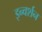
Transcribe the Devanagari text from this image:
इन्वर्शन